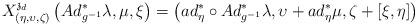
LaTeX: \begin{align*}X_{\left( \eta ,\upsilon ,\zeta \right) }^{\mathfrak{z}_{d}}\left(Ad_{g^{-1}}^{\ast }\lambda ,\mu ,\xi \right) =\left( ad_{\eta}^{\ast }\circ Ad_{g^{-1}}^{\ast }\lambda ,\upsilon +ad_{\eta}^{\ast }\mu ,\zeta +\left[ \xi ,\eta \right] \right) \end{align*}